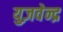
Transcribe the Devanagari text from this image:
युज़वेन्द्र